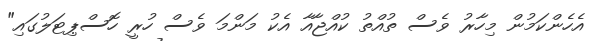
އެހެންކަމުން މިހާރު ވެސް ތުއްތު ކުއްޖާއާ އެކު މަންމަ ވެސް ހުރީ ހޮސްޕިޓަލުގައި"